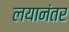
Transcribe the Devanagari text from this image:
लयानंतर